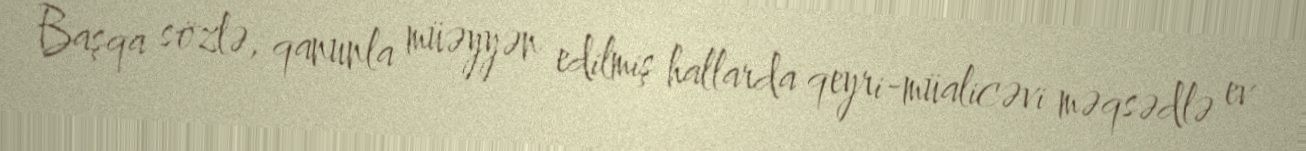
Başqa sözlə, qanunla müəyyən edilmiş hallarda qeyri-müalicəvi məqsədlə ev